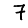
Digit: 7